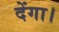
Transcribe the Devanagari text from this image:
देंगा।